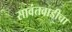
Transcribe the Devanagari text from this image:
सावंतवाडीचा